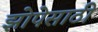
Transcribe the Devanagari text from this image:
झोपेसाठी